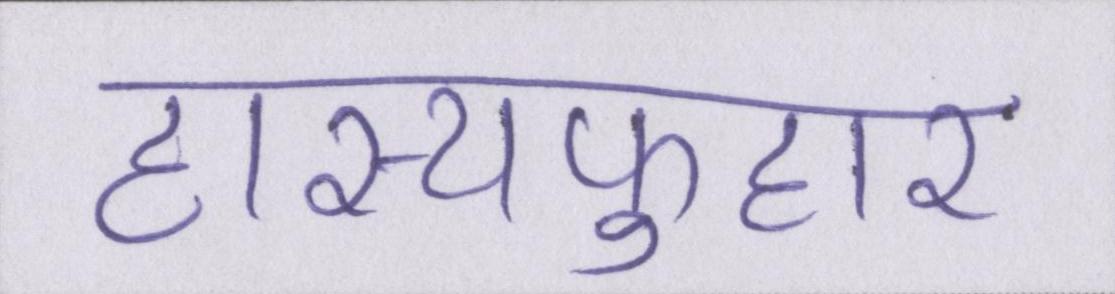
हास्यफुहार